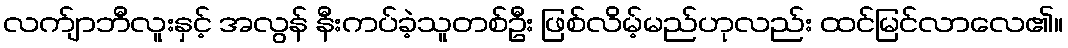
လက်ျာဘီလူးနှင့် အလွန် နီးကပ်ခဲ့သူတစ်ဦး ဖြစ်လိမ့်မည်ဟုလည်း ထင်မြင်လာလေ၏။